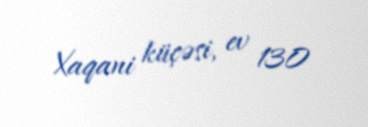
Xaqani küçəsi, ev 130